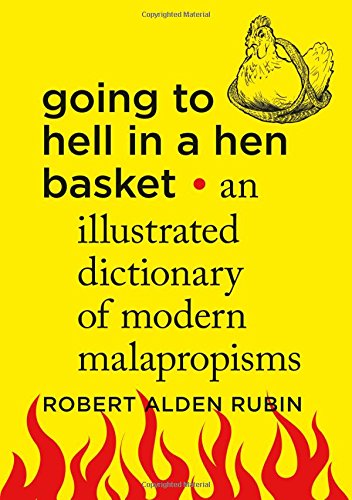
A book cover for Going to Hell in a Hen Basket: An Illustrated Dictionary of Modern Malapropisms; Robert Alden Rubin; Humor & Entertainment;